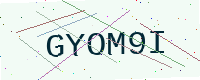
Text: GYOM9I